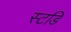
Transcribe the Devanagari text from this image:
स्टडि